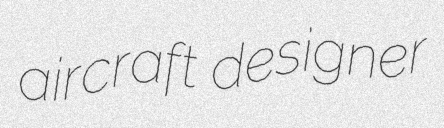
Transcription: aircraft designer